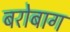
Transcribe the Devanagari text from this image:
बरोबाग